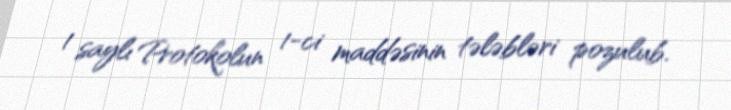
1 saylı Protokolun 1-ci maddəsinin tələbləri pozulub.